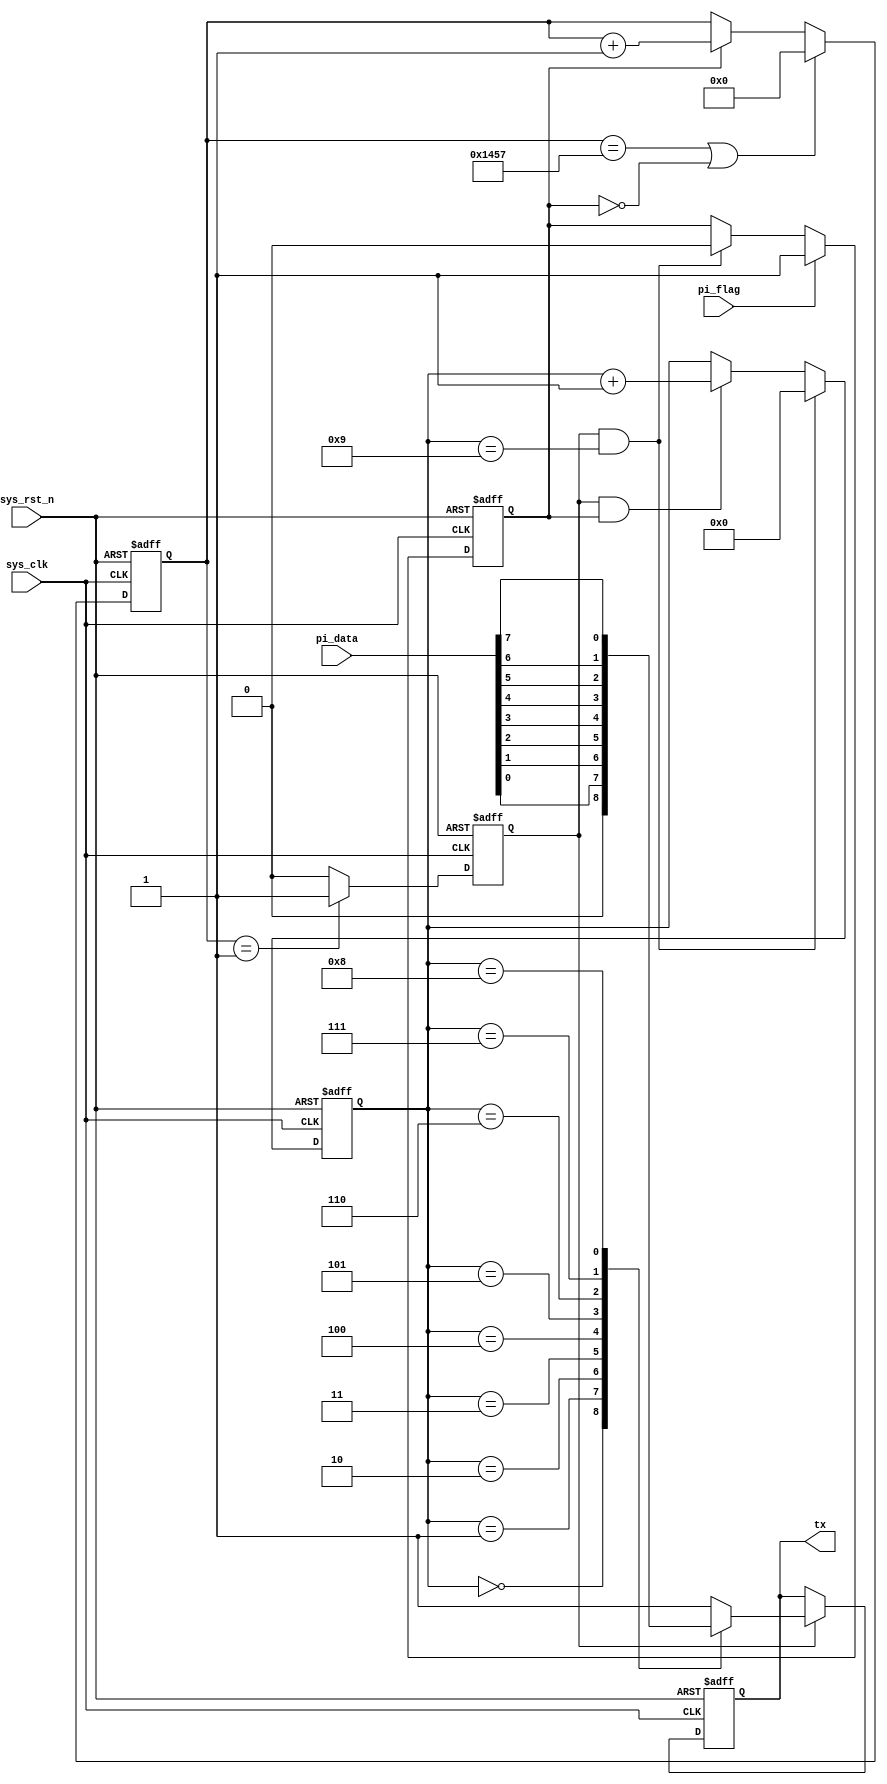
// This program was cloned from: https://github.com/abdelazeem201/SoC-FPGA
// License: MIT License

//*********************************************************************
//* ASIC Fresh Board                                                   *
//*  Malogic uart                                                     *
//*  Top File : uart_tx.v                                                *
//*  Author: abdelazeem                                               *
//*  Revision 0.1                                                     *
//*  Date     2024/01/26                                              *
//*  Email : a.abdelazeem201@gmail.com                                * 
//*********************************************************************
`timescale  1ns/1ns

module  uart_tx
#(
    parameter   UART_BPS    =   'd9600,                      
    parameter   CLK_FREQ    =   'd50_000_000                 
)
(
     input   wire            sys_clk     ,                       
     input   wire            sys_rst_n   ,                       
     input   wire    [7:0]   pi_data     ,                       
     input   wire            pi_flag     ,                       
                                                                 
     output  reg             tx                                  
);

localparam  BAUD_CNT_MAX    =   CLK_FREQ/UART_BPS   ;


reg [12:0]  baud_cnt;
reg         bit_flag;
reg [3:0]   bit_cnt ;
reg         work_en ;

always@(posedge sys_clk or negedge sys_rst_n)
        if(sys_rst_n == 1'b0)
            work_en <= 1'b0;
        else    if(pi_flag == 1'b1)
            work_en <= 1'b1;
        else    if((bit_flag == 1'b1) && (bit_cnt == 4'd9))
            work_en <= 1'b0;


always@(posedge sys_clk or negedge sys_rst_n)
        if(sys_rst_n == 1'b0)
            baud_cnt <= 13'b0;
        else    if((baud_cnt == BAUD_CNT_MAX - 1) || (work_en == 1'b0))
            baud_cnt <= 13'b0;
        else    if(work_en == 1'b1)
            baud_cnt <= baud_cnt + 1'b1;


always@(posedge sys_clk or negedge sys_rst_n)
        if(sys_rst_n == 1'b0)
            bit_flag <= 1'b0;
        else    if(baud_cnt == 13'd1)
            bit_flag <= 1'b1;
        else
            bit_flag <= 1'b0;


always@(posedge sys_clk or negedge sys_rst_n)
    if(sys_rst_n == 1'b0)
        bit_cnt <= 4'b0;
    else    if((bit_flag == 1'b1) && (bit_cnt == 4'd9))
        bit_cnt <= 4'b0;
    else    if((bit_flag == 1'b1) && (work_en == 1'b1))
        bit_cnt <= bit_cnt + 1'b1;


always@(posedge sys_clk or negedge sys_rst_n)
        if(sys_rst_n == 1'b0)
            tx <= 1'b1; 
        else    if(bit_flag == 1'b1)
            case(bit_cnt)
                0       : tx <= 1'b0;
                1       : tx <= pi_data[0];
                2       : tx <= pi_data[1];
                3       : tx <= pi_data[2];
                4       : tx <= pi_data[3];
                5       : tx <= pi_data[4];
                6       : tx <= pi_data[5];
                7       : tx <= pi_data[6];
                8       : tx <= pi_data[7];
                9       : tx <= 1'b1;
                default : tx <= 1'b1;
            endcase

endmodule